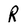
Character: R